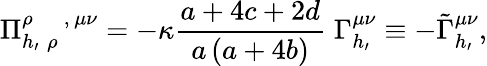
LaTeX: \Pi_{h_{\prime}\; \rho\, }^{\rho\; \; \; \; ,\, \mu\nu}=-\kappa\frac{a+4c+2d}{a\left(a+4b\right)}\; \Gamma_{h_{\prime}}^{\mu\nu}\equiv-\tilde{\Gamma}_{h_{\prime}}^{\mu\nu},